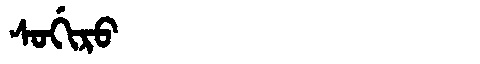
Manchu: ᠰᠣᡤᡳᡵᠣ
Romanization: SOGIRO